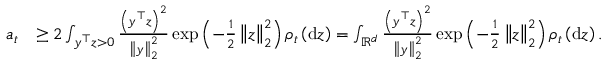
\begin{array} { r l } { a _ { t } } & { \geq 2 \int _ { y ^ { \top } z > 0 } \frac { \left( y ^ { \top } z \right) ^ { 2 } } { \left\Vert y \right\Vert _ { 2 } ^ { 2 } } \exp \left( - \frac { 1 } { 2 } \left\Vert z \right\Vert _ { 2 } ^ { 2 } \right) \rho _ { t } \left( \mathrm { d } z \right) = \int _ { \mathbb { R } ^ { d } } \frac { \left( y ^ { \top } z \right) ^ { 2 } } { \left\Vert y \right\Vert _ { 2 } ^ { 2 } } \exp \left( - \frac { 1 } { 2 } \left\Vert z \right\Vert _ { 2 } ^ { 2 } \right) \rho _ { t } \left( \mathrm { d } z \right) . } \end{array}